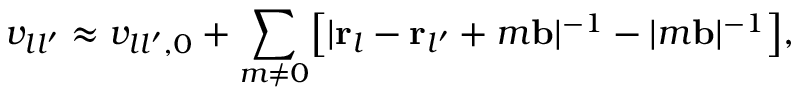
v _ { l l ^ { \prime } } \approx v _ { l l ^ { \prime } , 0 } + \sum _ { m \neq 0 } \mathopen { } \left[ | { \bf r } _ { l } - { \bf r } _ { l ^ { \prime } } + m { \bf b } | ^ { - 1 } - | m { \bf b } | ^ { - 1 } \right] \mathclose { } ,